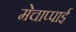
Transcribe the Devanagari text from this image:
मेचाप्पाई